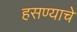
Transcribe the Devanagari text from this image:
हसण्याचे